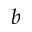
b